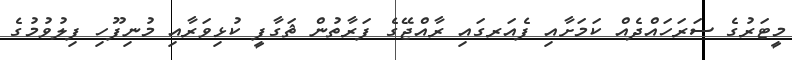
މީޓަރުގެ ސަރަހައްދެއް ކަމަށާއި ފެއަރގައި ރާއްޖޭގެ ފަރާތުން ޘަގާފީ ކުޅިވަރާއި މުނިފޫހި ފިލުވުމުގެ